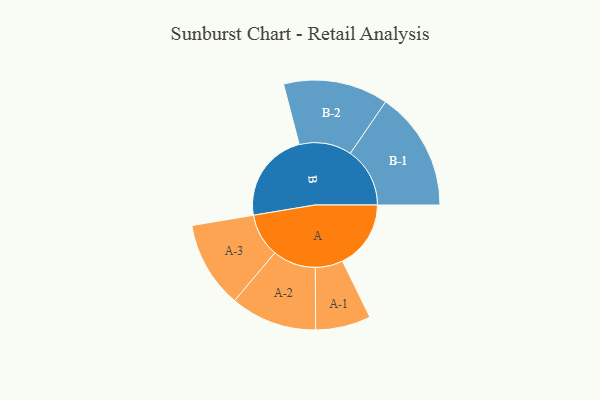
{"axis": {"x": "Segment", "y": "Value"}, "legend": ["", "A", "B"], "data": [{"x": "A", "y": 317, "type": ""}, {"x": "B", "y": 421, "type": ""}, {"x": "A-1", "y": 128, "type": "A"}, {"x": "A-2", "y": 200, "type": "A"}, {"x": "A-3", "y": 201, "type": "A"}, {"x": "B-1", "y": 276, "type": "B"}, {"x": "B-2", "y": 243, "type": "B"}]}